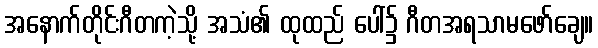
အနောက်တိုင်းဂီတကဲ့သို့ အသံ၏ ထုထည် ပေါ်၌ ဂီတအရသာမဖော်ချေ။